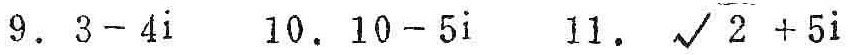
9. \(3 - 4i\)  10. \(10 - 5i\)  11. \(\sqrt{2} + 5i\)